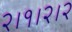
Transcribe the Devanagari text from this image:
२।१।२।२